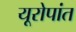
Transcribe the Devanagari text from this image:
यूरोपांत